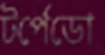
টর্পেডো